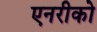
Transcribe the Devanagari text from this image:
एनरीको